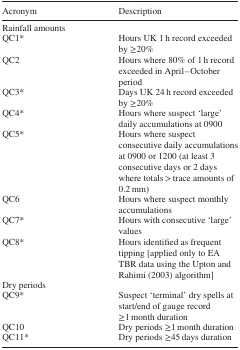
<table><thead><tr><td><b>Acronym</b></td><td><b>Description</b></td></tr></thead><tbody><tr><td colspan="2">Rainfall amounts</td></tr><tr><td>QC1*</td><td>Hours UK 1 h record exceeded by ≥20%</td></tr><tr><td>QC2</td><td>Hours where 80% of 1 h record exceeded in April–October period</td></tr><tr><td>QC3*</td><td>Days UK 24 h record exceeded by ≥20%</td></tr><tr><td>QC4*</td><td>Hours where suspect ‘large’ daily accumulations at 0900</td></tr><tr><td>QC5*</td><td>Hours where suspect consecutive daily accumulations at 0900 or 1200 (at least 3 consecutive days or 2 days where totals &gt; trace amounts of 0.2 mm)</td></tr><tr><td>QC6</td><td>Hours where suspect monthly accumulations</td></tr><tr><td>QC7*</td><td>Hours with consecutive ‘large’ values</td></tr><tr><td>QC8*</td><td>Hours identified as frequent tipping [applied only to EA TBR data using the Upton and Rahimi (2003) algorithm]</td></tr><tr><td colspan="2">Dry periods</td></tr><tr><td>QC9*</td><td>Suspect ‘terminal’ dry spells at start/end of gauge record ≥1 month duration</td></tr><tr><td>QC10</td><td>Dry periods ≥1 month duration</td></tr><tr><td>QC11*</td><td>Dry periods ≥45 days duration</td></tr></tbody></table>